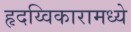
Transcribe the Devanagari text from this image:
हृदय्विकारामध्ये